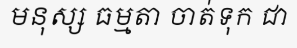
មនុស្ស ធម្មតា ចាត់ទុក ជា